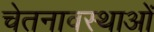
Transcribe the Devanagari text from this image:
चेतनावस्थाओं